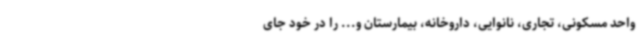
واحد مسکونی، تجاری، نانوایی، داروخانه، بیمارستان و... را در خود جای